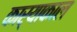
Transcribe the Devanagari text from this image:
कार्याकाल